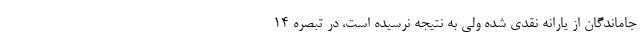
جاماندگان از یارانه نقدی شده ولی به نتیجه نرسیده است، در تبصره ۱۴